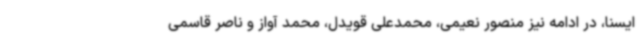
ایسنا، در ادامه نیز منصور نعیمی، محمدعلی قویدل، محمد آواز و ناصر قاسمی